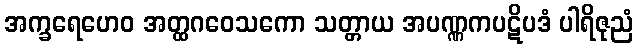
အက္ခရေဟေဝ အတ္ထဂဝေသကော သတ္တာယ အပဏ္ဏကပဋိပဒံ ပါရိဇုညံ